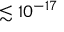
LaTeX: \lesssim 1 0 ^ { - 1 7 }